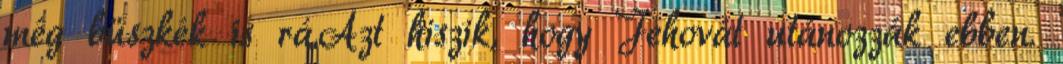
még büszkék is rá.Azt hiszik, hogy Jehovát utánozzák ebben.